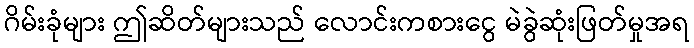
ဂိမ်းခုံများ ဤဆိတ်များသည် လောင်းကစားငွေ မဲခွဲဆုံးဖြတ်မှုအရ